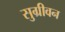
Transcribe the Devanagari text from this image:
सुग्रीवन